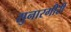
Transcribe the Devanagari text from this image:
सुनारगीरी